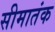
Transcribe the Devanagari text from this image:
सीमातंक